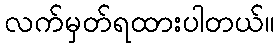
လက်မှတ်ရထားပါတယ်။